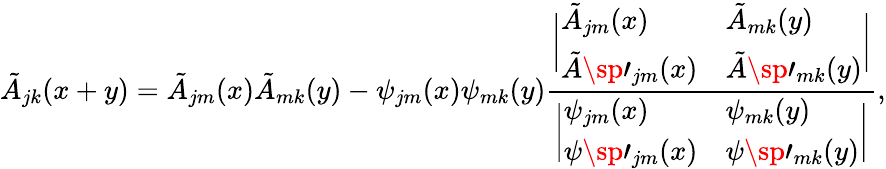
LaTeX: \tilde{A}_{jk}(x+y)=\tilde{A}_{jm}(x)\tilde{A}_{mk}(y)-\psi_{jm}(x)\psi_{mk}(y){\frac{\biggl|\begin{array}{ll}{{\tilde{A}_{jm}(x)}}&{{\tilde{A}_{mk}(y)}}\\ {{\tilde{A}\sp\prime_{jm}(x)}}&{{\tilde{A}\sp\prime_{mk}(y)}}\end{array}\biggr|}{\biggl|\begin{array}{ll}{{\psi_{jm}(x)}}&{{\psi_{mk}(y)}}\\ {{\psi\sp\prime_{jm}(x)}}&{{\psi\sp\prime_{mk}(y)}}\end{array}\biggr|}},